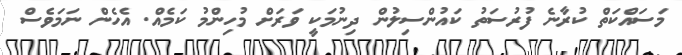
މަސައްކަތް ކުރާނެ ފުރުސަތު ކައުންސިލުން ދިނުމަކީ ވަރަށް މުހިންމު ކަމެއް. އެހެން ނަމަވެސް